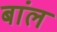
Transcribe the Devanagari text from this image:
बांल